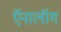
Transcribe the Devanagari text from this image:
ऍनालॉग